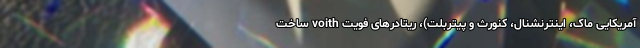
آمریکایی ماک، اینترنشنال، کنورث و پیتربلت)، ریتادرهای فویت voith ساخت